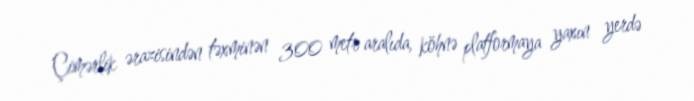
Çimərlik ərazisindən təxminən 300 metr aralıda, köhnə platformaya yaxın yerdə